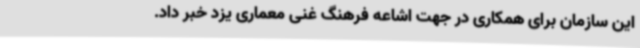
این سازمان برای همکاری در جهت اشاعه فرهنگ غنی معماری یزد خبر داد.